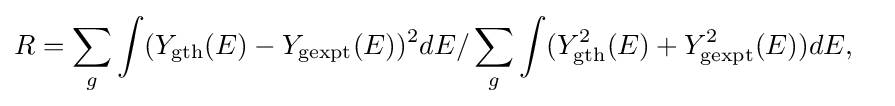
{\begin{aligned}R&=\sum _{g}\int (Y_{\textrm {gth}}(E)-Y_{\textrm {gexpt}}(E))^{2}dE/\sum _{g}\int (Y_{\textrm {gth}}^{2}(E)+Y_{\textrm {gexpt}}^{2}(E))dE,\end{aligned}}